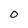
Character: 0